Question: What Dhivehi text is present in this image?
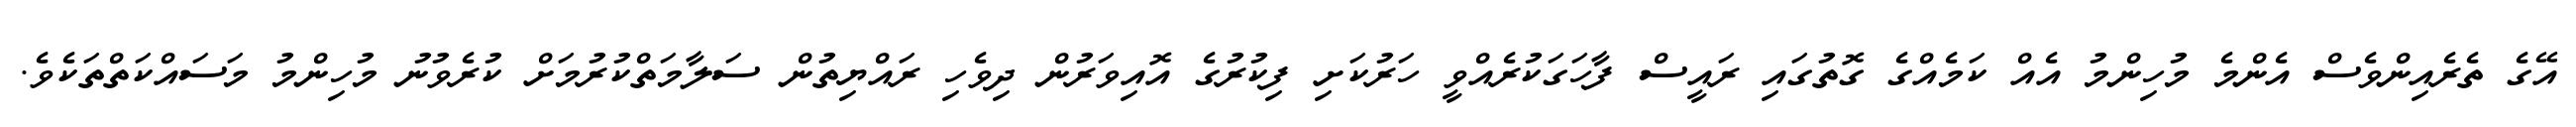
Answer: އޭގެ ތެރެއިންވެސް އެންމެ މުހިންމު އެއް ކަމެއްގެ ގޮތުގައި ރައީސް ފާހަގަކުރެއްވީ ހަރުކަށި ފިކުރުގެ އޮއިވަރުން ދިވެހި ރައްޔިތުން ސަލާމަތްކުރުމަށް ކުރެވުނު މުހިންމު މަސައްކަތްތަކެވެ.